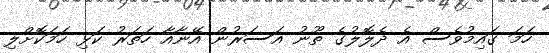
ހަމަ ގައިމުވެސް އެ ދެލޮލުގެ ތޫނު އަސަރުން އޭނާއާ ހަތަރު ކަޅި ހަމަކޮށްލި